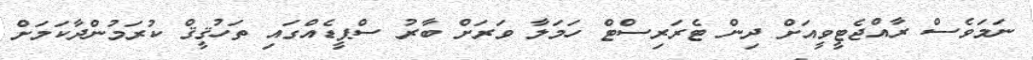
ނަމަވެސް ރާއްޖެޓީވީއަށް ދިން ޓެރަރިސްޓް ހަމަލާ ވަރަށް ބާރު ސްޕީޑެއްގައި ތަހުޤީޤް ކުރަމުންދާކަމަށް